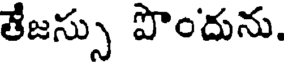
తేజస్సు పొందును.